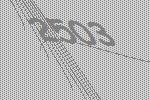
2503